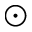
\odot